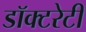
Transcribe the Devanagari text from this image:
डॉक्टरेटी